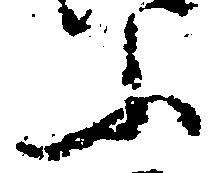
ふ